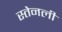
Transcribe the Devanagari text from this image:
स्तेनली